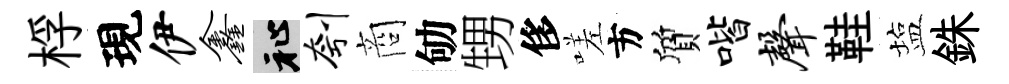
桴現伊鑫祉刳商劬甥侈嗟方質喈声鞋塩銖